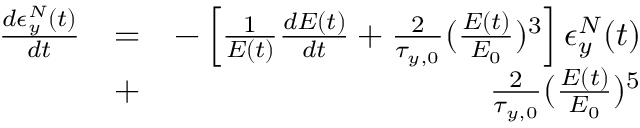
\begin{array} { r l r } { \frac { d \epsilon _ { y } ^ { N } ( t ) } { d t } } & { = } & { - \left[ \frac { 1 } { E ( t ) } \frac { d E ( t ) } { d t } + \frac { 2 } { \tau _ { y , 0 } } ( \frac { E ( t ) } { E _ { 0 } } ) ^ { 3 } \right] \epsilon _ { y } ^ { N } ( t ) } \\ & { + } & { \frac { 2 } { \tau _ { y , 0 } } ( \frac { E ( t ) } { E _ { 0 } } ) ^ { 5 } } \end{array}